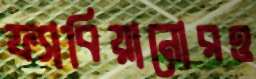
ফ্যাবিয়ানোরও